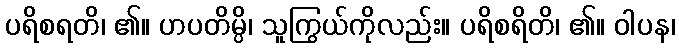
ပရိစရတိ၊ ၏။ ဟပတိမ္ပိ၊ သူကြွယ်ကိုလည်း။ ပရိစရိတိ၊ ၏။ ဝါပန၊